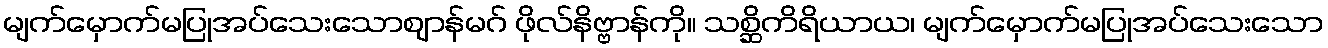
မျက်မှောက်မပြုအပ်သေးသောဈာန်မဂ် ဖိုလ်နိဗ္ဗာန်ကို။ သစ္ဆိကိရိယာယ၊ မျက်မှောက်မပြုအပ်သေးသော